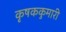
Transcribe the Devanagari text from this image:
कृषककुमारी